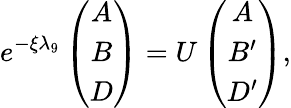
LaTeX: e^{-\xi\lambda_{9}}\left(\begin{array}{c}{{A}}\\ {{B}}\\ {{D}}\end{array}\right)=U\left(\begin{array}{c}{{A}}\\ {{B^{\prime}}}\\ {{D^{\prime}}}\end{array}\right),